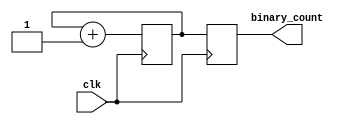
module clock_divider (
    input wire clk,
    output reg [3:0] binary_count
);

reg [3:0] count;

always @(posedge clk) begin
    count <= count + 1;
    binary_count <= count;
end

endmodule